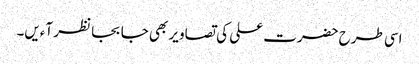
اسی طرح حضرت علی کی تصاویر بھی جا بجا نظر آءیں۔